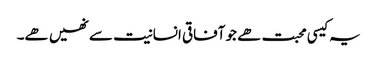
یہ کیسی محبت ھے جو آفاقی انسانیت سے نھیں ھے۔